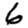
Digit: 6